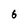
Character: 6